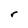
Character: r